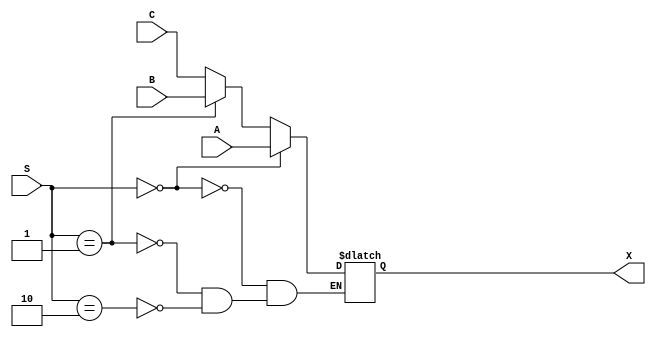
module mux_3x1_16bit (
    input [1:0] S,
    input [15:0] A, B, C,
    output reg [15:0] X
);

always @ (*) 
    begin
        if (S == 2'b00)
            X <= A;
        else if (S == 2'b01)
            X <= B;
        else if (S == 2'b10)
            X <= C;
    end
endmodule